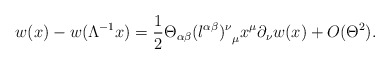
\begin{align*}w(x) - w(\Lambda ^{-1} x) = \frac{1}{2} \Theta _{\alpha \beta}{(l^{\alpha \beta})^{\nu}}_{\mu} x^{\mu} \partial_{\nu} w(x)+ O (\Theta ^2). \end{align*}